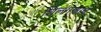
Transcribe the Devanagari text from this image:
शिलंगणाचे